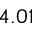
4 . 0 1